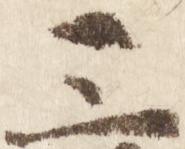
三